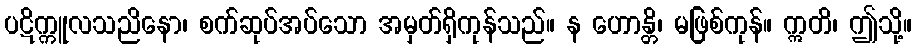
ပဋိက္ကူလသညိနော၊ စက်ဆုပ်အပ်သော အမှတ်ရှိကုန်သည်။ န ဟောန္တိ၊ မဖြစ်ကုန်။ ဣတိ၊ ဤသို့။